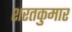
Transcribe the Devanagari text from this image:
शरतकुमार